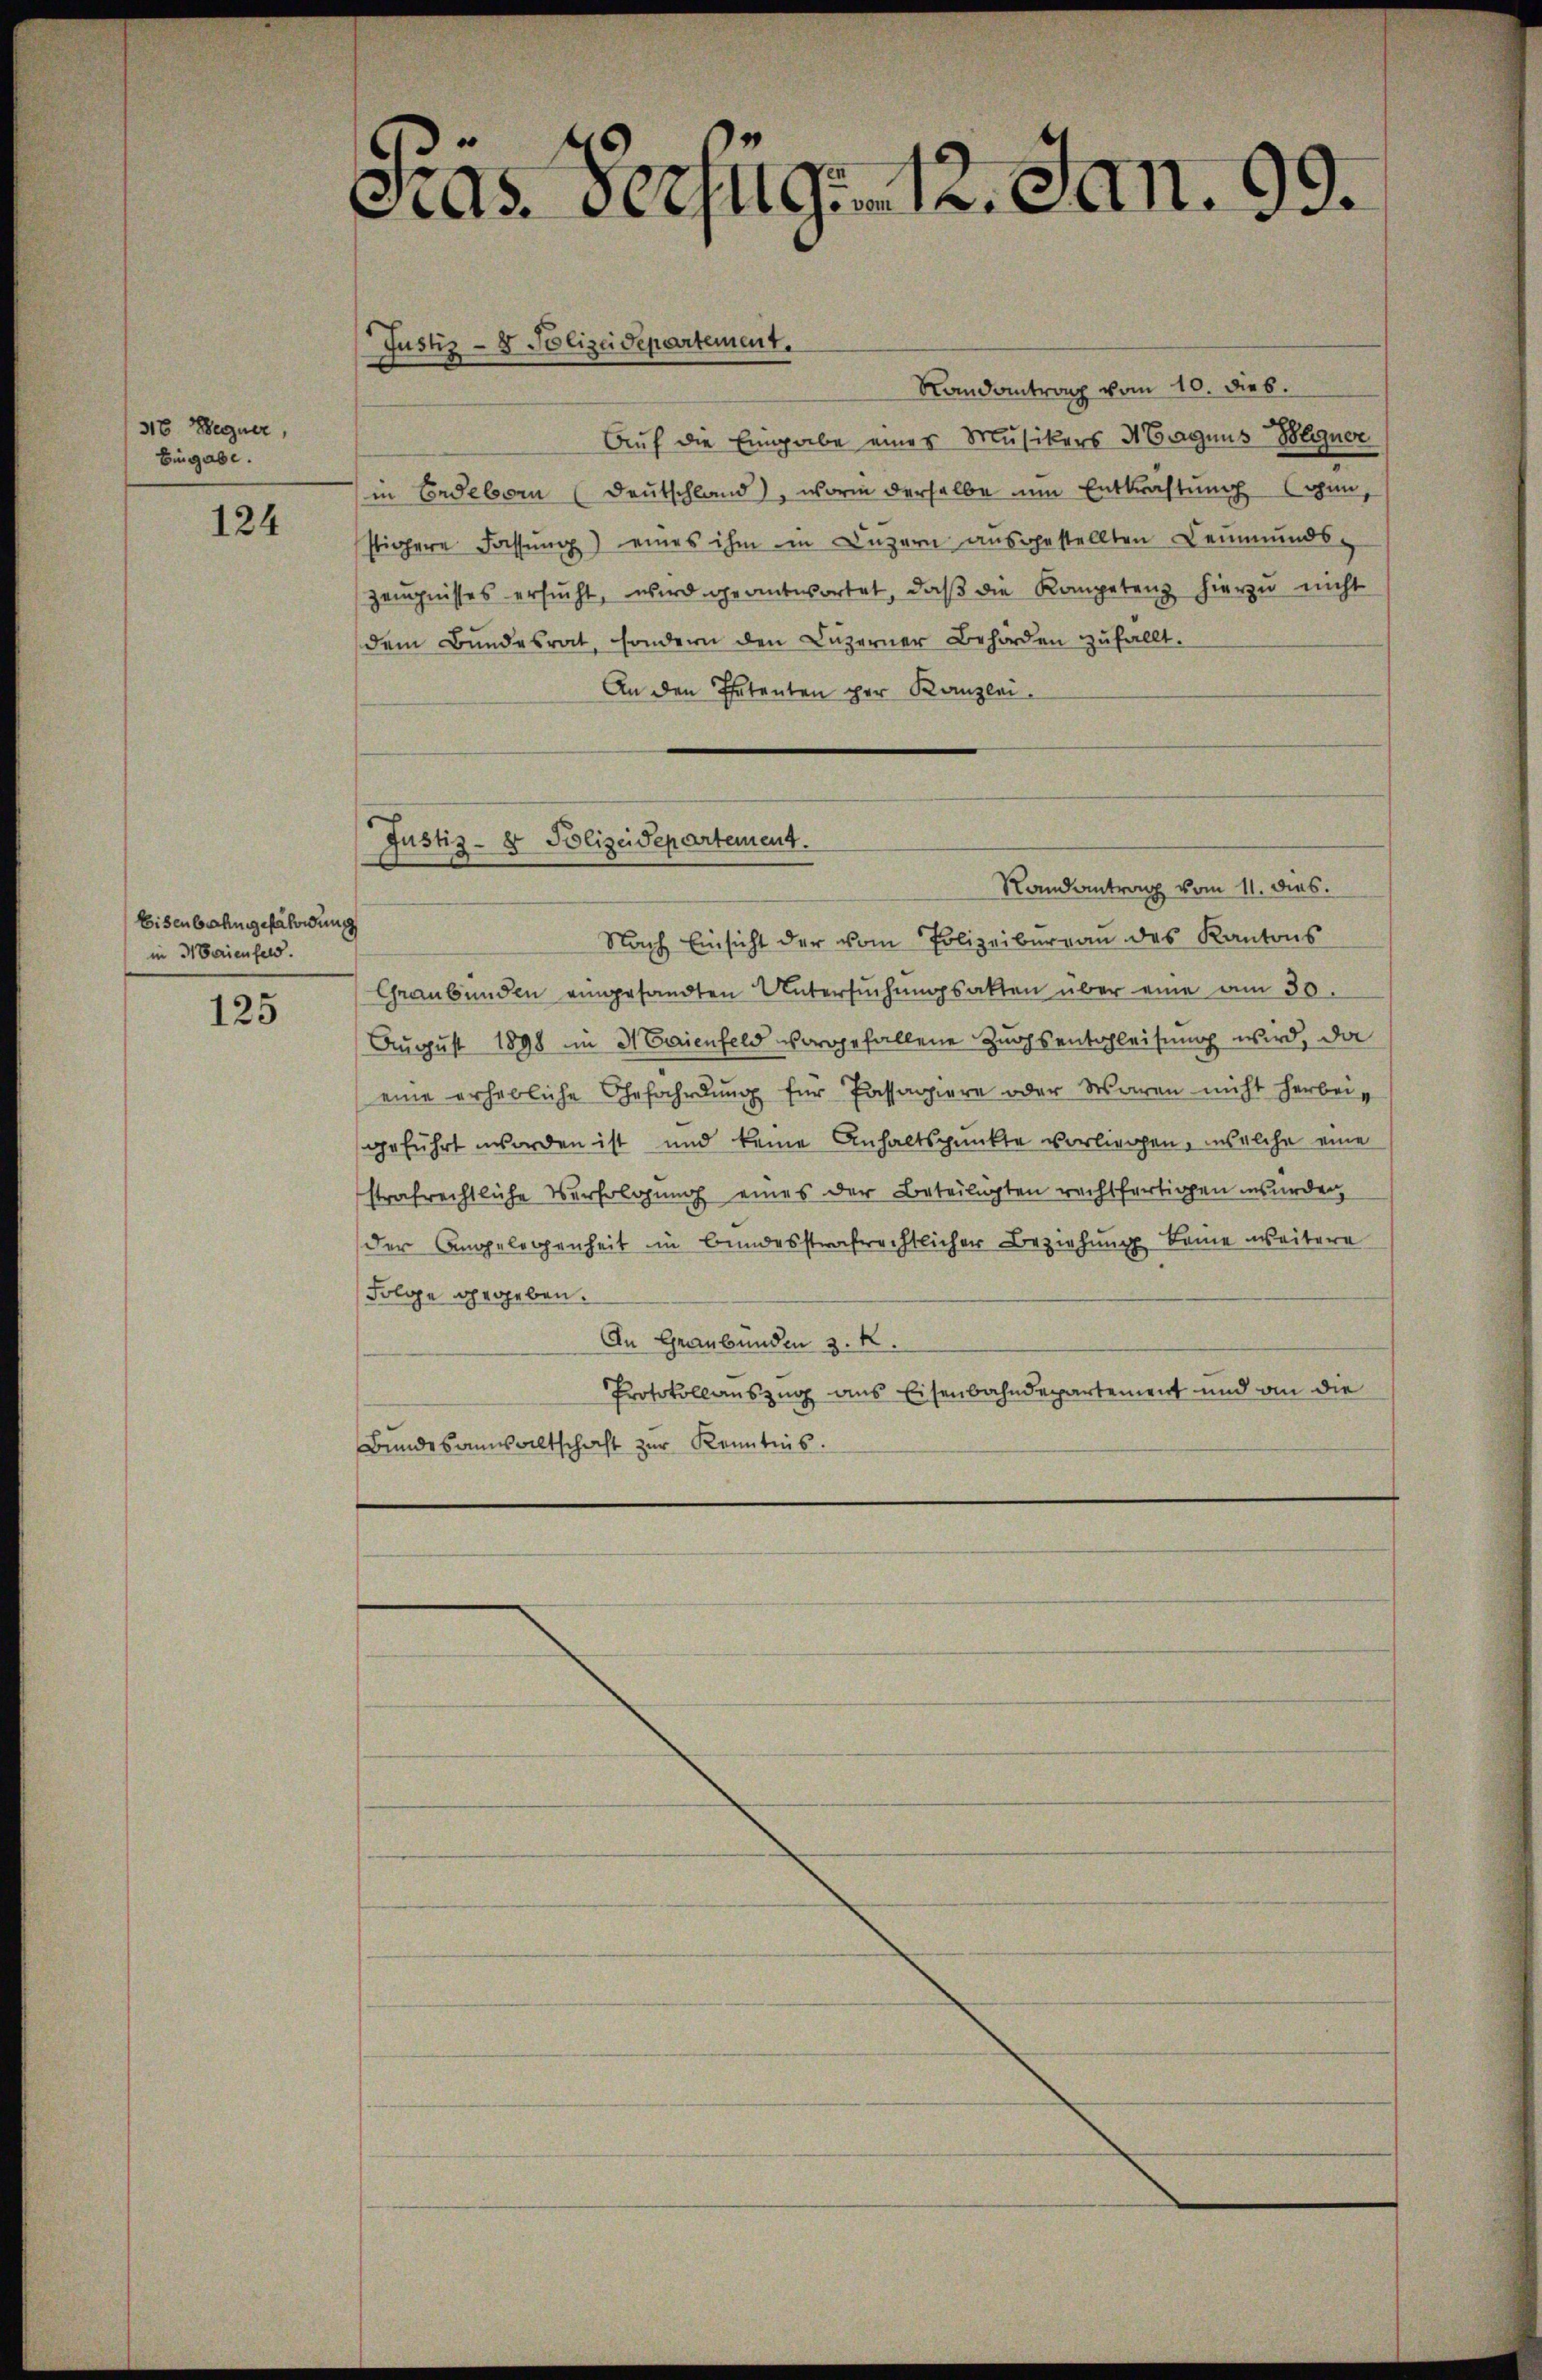
316 Hegner,
Eingabe.

124

Eisenbahngefährdung
in Marienfeld.

125

cias Verzug. 12. Jan. 99.

Justiz- & Polizeidepartement.

Randantrag vom 10. Dieb.
Auf die Eingabe eines Musikers Magnus Boliner
in Erdeborn (Deutschland), worin derselbe um Entkräftung schen,
slichere Fassung) eines ihm in Luzern ausgestellten Leumunds-
Zeugnisses ersŭcht, wird geantwortet, daß die Kompetenz hierzu nicht
dem Bundesrat, sondern den Luzerner Behörden zufällt.
An den Petenten per Kanzlei.
Nach Einsicht der vom Polizeiburgau des Kantons
Graubünden eingesandten Untersŭchŭngsakten über eine am 30.
August 1898 im Maienfeld vorgefallene Zugsentsleisung wird, da
eine erhebliche Gefährdung für Passagiere oder Waren nicht herbei
geführt worden ist und keine Anhaltspunkte vorliegen, welche eine
strafrechtliche Verfolgung eines der Beteiligten rechtfertigen insunden
der Angelegenheit in bundesstrafrechtlicher Beziehung keine weitere
Folge gegeben.
An Graubünden 3. k.
Protokollauszug aus Eisenbahndepartement und an die
Bundesausaltschaft zur Kenntnis.

Justiz- & Polizeidepartement.
Randantrag vom 11. dies.